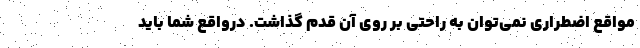
مواقع اضطراری نمی‌توان به راحتی بر روی آن قدم گذاشت. درواقع شما باید